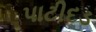
પાટીદડ